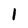
Character: 1